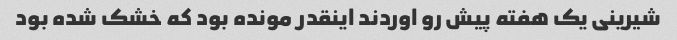
شیرینی یک هفته پیش رو اوردند اینقدر مونده بود که خشک شده بود